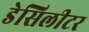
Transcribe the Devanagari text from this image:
डेसिलीटर